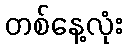
တစ်နေ့လုံး